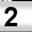
Digit: 2